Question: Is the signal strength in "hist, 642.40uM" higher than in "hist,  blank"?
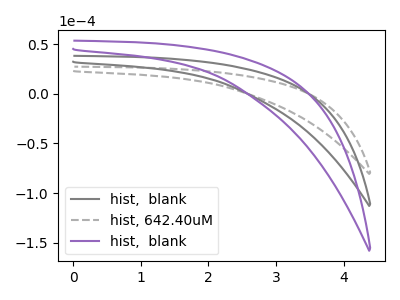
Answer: <think>The gray curve "hist,  blank" has no peaks. The gray dashed curve "hist, 642.40uM" has no peaks. The purple curve "hist,  blank" has no peaks.
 Neither "hist, 642.40uM" or "hist,  blank" have any peaks.</think>
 <answer>I cant tell if "hist, 642.40uM" or "hist,  blank" has more signal.</answer>
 <eval>mixed_signal</eval>